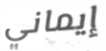
إيماني